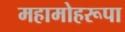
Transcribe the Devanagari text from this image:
महामोहरूपा